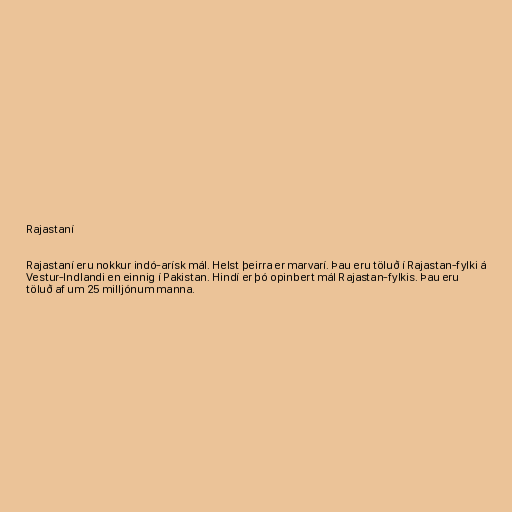
Rajastaní

Rajastaní eru nokkur indó-arísk mál. Helst þeirra er marvarí. Þau eru töluð í Rajastan-fylki á
Vestur-Indlandi en einnig í Pakistan. Hindí er þó opinbert mál Rajastan-fylkis. Þau eru
töluð af um 25 milljónum manna.